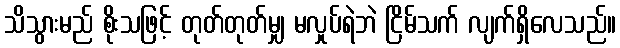
သိသွားမည် စိုးသဖြင့် တုတ်တုတ်မျှ မလှုပ်ရဲဘဲ ငြိမ်သက် လျက်ရှိလေသည်။